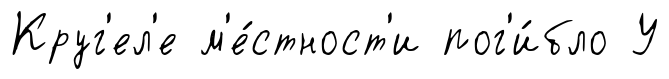
Круг'ел'е м'е́стност'и пог'и́бло У